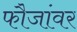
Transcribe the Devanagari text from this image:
फौजांवर